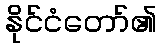
နိုင်ငံတော်၏